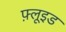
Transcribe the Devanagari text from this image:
फ़्लूइड